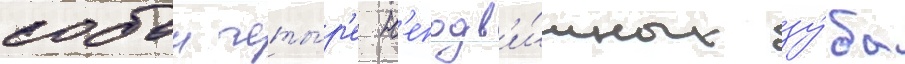
собои четы́р'е н'еподв'и́жных зу́ба